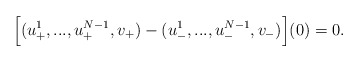
\begin{align*} \Big[ (u^1_+,...,u^{N-1}_+,v_+) - (u^1_-,...,u^{N-1}_-,v_-) \Big] (0) = 0.\end{align*}